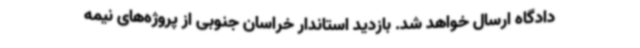
دادگاه ارسال خواهد شد. بازدید استاندار خراسان جنوبی از پروژه‌های نیمه